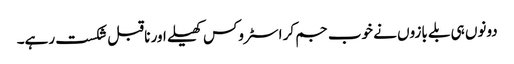
دونوں ہی بلے بازوں نے خوب جم کر اسٹروکس کھیلے اور ناقبل شکست رہے۔